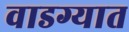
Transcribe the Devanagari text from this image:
वाडग्यात